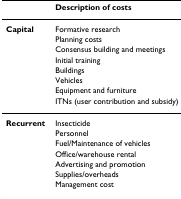
|  | Description of costs |
 | --- | --- |
 | Capital | Formative research |
 |  | Planning costs |
 |  | Consensus building and meetings |
 |  | Initial training |
 |  | Buildings |
 |  | Vehicles |
 |  | Equipment and furniture |
 |  | ITNs (user contribution and subsidy) |
 | Recurrent | Insecticide |
 |  | Personnel |
 |  | Fuel/Maintenance of vehicles |
 |  | Office/warehouse rental |
 |  | Advertising and promotion |
 |  | Supplies/overheads |
 |  | Management cost |